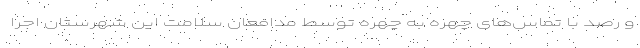
و رصد با تماس‌های چهره به چهره توسط مدافعان سلامت این شهرستان اجرا